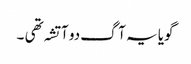
گویا یہ آگ دو آتشہ تھی ۔